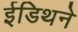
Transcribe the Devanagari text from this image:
ईडिथने